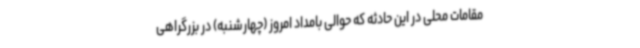
مقامات محلی در این حادثه که حوالی بامداد امروز (چهارشنبه) در بزرگراهی